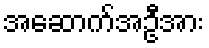
အဆောက်အဦအား